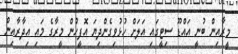
މީރާއިން ބުނީ އައްޑޫ ސިޓީގައި އަލަށް ހުޅުވިގެންދިޔަ އޮފީހުން މީރާގެ މައި އިދާރާއިން